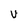
Character: U